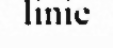
linie